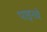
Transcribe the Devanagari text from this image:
पाइनचे